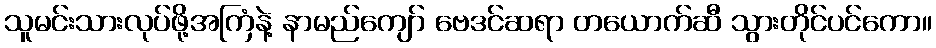
သူမင်းသားလုပ်ဖို့အကြံနဲ့ နာမည်ကျော် ဗေဒင်ဆရာ တယောက်ဆီ သွားတိုင်ပင်ကော။